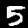
Label: 5